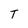
Character: T